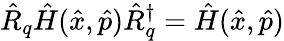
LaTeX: \hat{R}_{q}\hat{H}(\hat{x},\hat{p})\hat{R}_{q}^{\dagger}=\hat{H}(\hat{x},\hat{p})